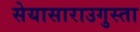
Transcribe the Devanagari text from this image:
सेयासाराउगुस्ता